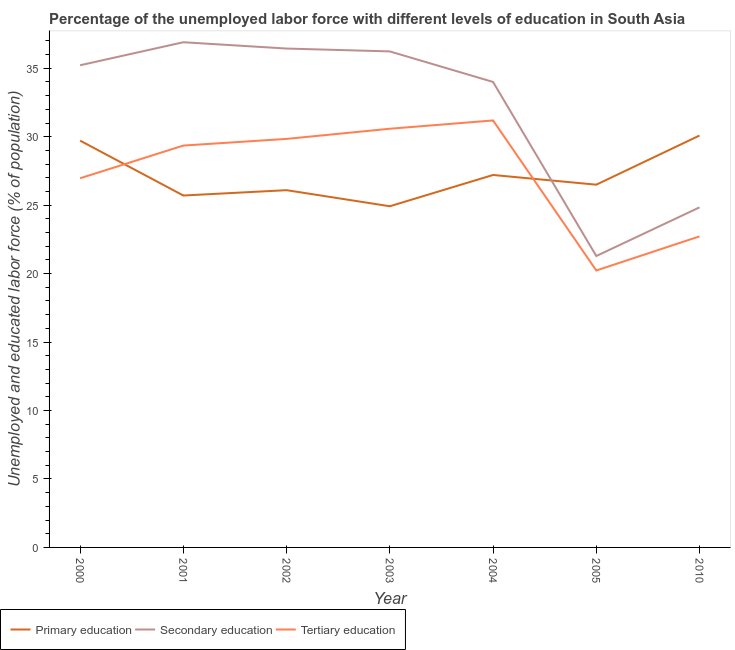
| Year | Primary education | Secondary education | Tertiary education |
 | --- | --- | --- | --- |
 | 2000 | 29.7 | 35.2 | 27 |
 | 2001 | 25.7 | 36.9 | 29.4 |
 | 2002 | 26.1 | 36.4 | 29.8 |
 | 2003 | 24.9 | 36.2 | 30.6 |
 | 2004 | 27.2 | 34 | 31.2 |
 | 2005 | 26.5 | 21.3 | 20.2 |
 | 2010 | 30.1 | 24.8 | 22.7 |